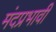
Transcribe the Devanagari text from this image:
मंदप्रभावी